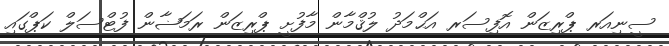
ސީނިއަރ ޕްރިޒަން އޮފިސަރ އަޙްމަދު ލުޤްމާން މާފުށީ ޕްރިޒަން ރަމަޟާން ފުޓްސަލް ކަޕްގައި